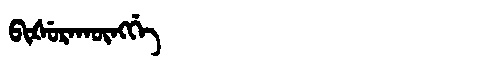
Manchu: ᠪᡳᡧᡠᡵᠠᡴᡡᠩᡤᡝ
Romanization: BIŠURAKŪNGGE